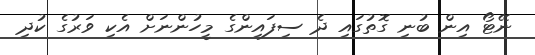
ނޭޓޯ އިން ބުނި ގޮތުގައި ދެ ސިފައިންގެ މީހުންނަށް އެކި ވަރުގެ ކުދި